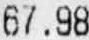
67.98